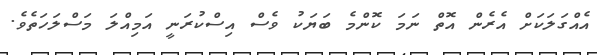
އެއްގަލަކަށް އެރެން އޮތް ނަމަ ކޮންމެ ބަޔަކު ވެސް އިސްކުރަނީ އަމިއްލަ މަސްލަހަތެވެ.